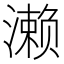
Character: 濑